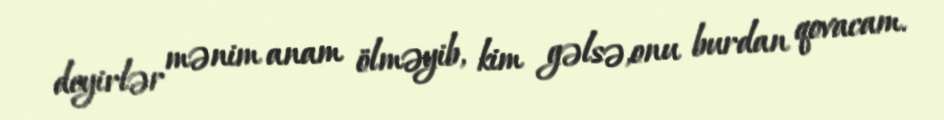
deyirlər mənim anam ölməyib, kim gəlsə,onu burdan qovacam.